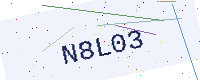
Text: N8L03